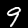
Label: 9